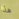
هذا